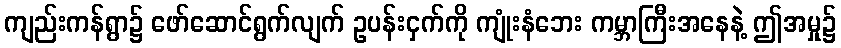
ကျည်းကန်ရွာ၌ ဖော်ဆောင်ရွက်လျက် ဥပန်းငှက်ကို ကျုံးနံဘေး ကမ္ဘာကြီးအနေနဲ့ ဤအမှု၌